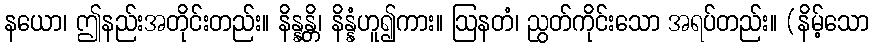
နယော၊ ဤနည်းအတိုင်းတည်း။ နိန္နန္တိ၊ နိန္နံဟူ၍ကား။ ဩနတံ၊ ညွတ်ကိုင်းသော အရပ်တည်း။ (နိမ့်သော